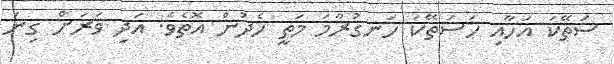
ސަތޭކަ އަހާއި ހަސަތޭކަ ހަނގުރާމަ މަތީ ހެދުން އޮތެވެ. އަދި ވަރަށް ގިނަ